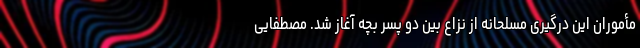
مأموران این درگیری مسلحانه از نزاع بین دو پسر بچه آغاز شد. مصطفایی